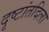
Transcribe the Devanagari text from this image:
दृष्टांतदिला